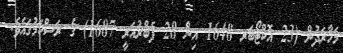
މަހާރަދުން (23 އޮކްޓޯބަރ 1648 އިން 28 ފެބްރުއަރީ 1687) ގެ ރަސްކަމުގައެވެ.